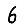
Digit: 6